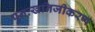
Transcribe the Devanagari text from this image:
पुनःखनिजीकरण